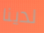
لدينا